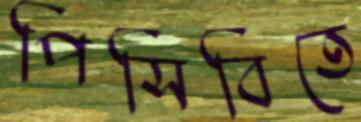
পিসিবিতে